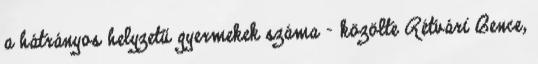
a hátrányos helyzetű gyermekek száma – közölte Rétvári Bence,